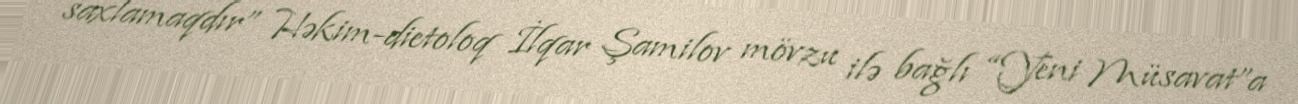
saxlamaqdır” Həkim-dietoloq İlqar Şamilov mövzu ilə bağlı “Yeni Müsavat”a